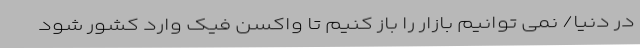
در دنیا/ نمی ‌توانیم بازار را باز کنیم تا واکسن فیک وارد کشور شود